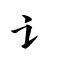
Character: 讠